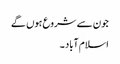
جون سے شروع ہوں گے
اسلام آباد ۔